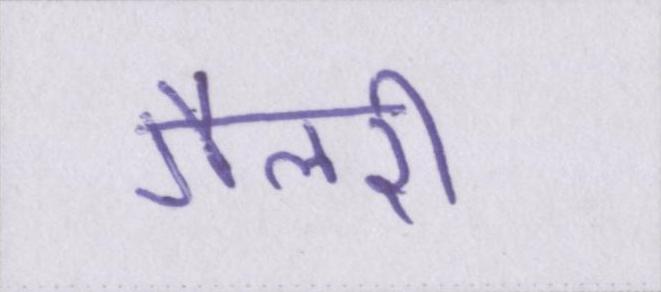
गैलरी